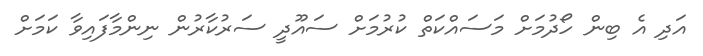
އަދި އެ ބިން ހޯދުމަށް މަސައްކަތް ކުރުމަށް ސައޫދީ ސަރުކާރުން ނިންމާފައިވާ ކަމަށް